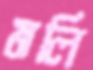
মলি